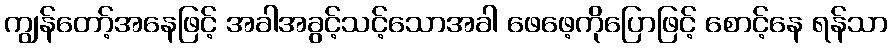
ကျွန်တော့်အနေဖြင့် အခါအခွင့်သင့်သောအခါ ဖေဖေ့ကိုပြောဖြင့် စောင့်နေ ရန်သာ